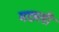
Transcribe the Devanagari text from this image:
मछली